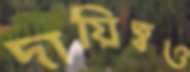
দায়িত্বও